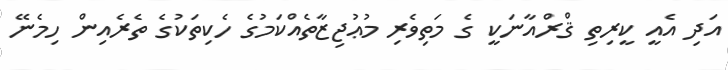
އަދި އެއީ ކީރިތި ޤްރްއާނަކީ ގެ މަތިވެރި މުޢުޖިޒާތެއްކަމުގެ ހެކިތަކުގެ ތެރެއިން ހިމެނޭ